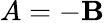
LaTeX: A=-\mathbf{B}